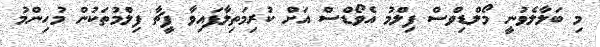
މި ބަލާލެވުނީ މޯލްޑިވްސް ފިލްމު އެވޯޑްސް އަށް ކުރިމަތިލާފައިވާ ފީޗާ ފިލްމުތަކުން މުހިންމު